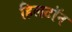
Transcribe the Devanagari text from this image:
हिलटॉन